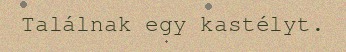
Találnak egy kastélyt.